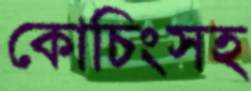
কোচিংসহ